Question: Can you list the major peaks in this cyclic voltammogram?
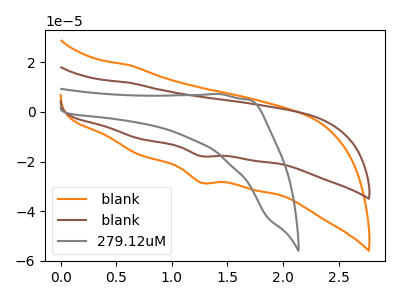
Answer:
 <answer>The orange curve " blank" has a cathodic peak at: (1.25V, -28.50uA). The brown curve " blank" has a cathodic peak at: (1.25V, -17.80uA). The gray curve "279.12uM" has no peaks.</answer>
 <eval></eval>